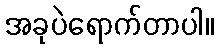
အခုပဲရောက်တာပါ။